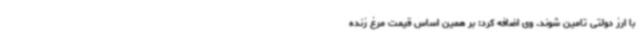
با ارز دولتی تامین شوند. وی اضافه کرد: بر همین اساس قیمت مرغ زنده